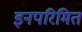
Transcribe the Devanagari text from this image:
इनपरिमित